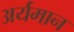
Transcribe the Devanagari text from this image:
अर्यमान